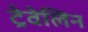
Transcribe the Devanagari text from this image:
ट्रेवेलिन